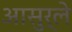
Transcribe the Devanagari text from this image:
आसुर्ले